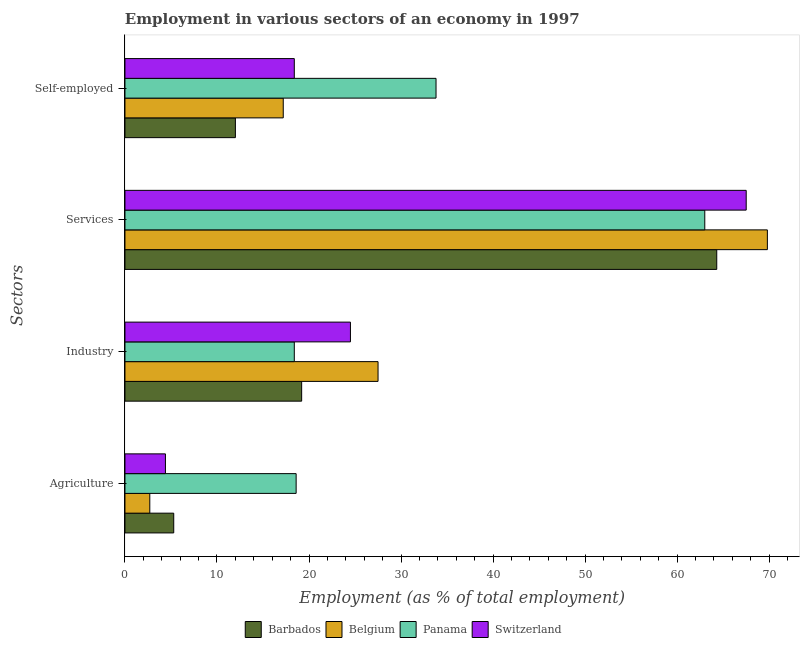
| Sectors | Barbados | Belgium | Panama | Switzerland |
 | --- | --- | --- | --- | --- |
 | Agriculture | 5.3 | 2.7 | 18.6 | 4.4 |
 | Industry | 19.2 | 27.5 | 18.4 | 24.5 |
 | Services | 64.3 | 69.8 | 63 | 67.5 |
 | Self-employed | 12 | 17.2 | 33.8 | 18.4 |